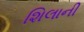
શિલાની